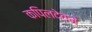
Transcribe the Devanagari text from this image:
कपिलदेवने